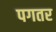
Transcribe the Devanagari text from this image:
पगतर